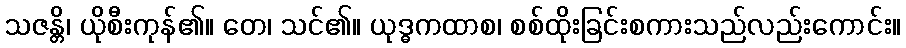
သဇန္တိ၊ ယိုစီးကုန်၏။ တေ၊ သင်၏။ ယုဒ္ဓကထာစ၊ စစ်ထိုးခြင်းစကားသည်လည်းကောင်း။